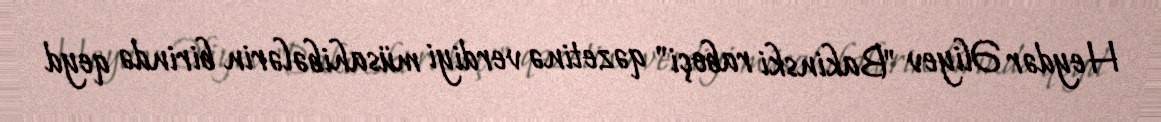
Heydər Əliyev "Bakinski raboçi" qəzetinə verdiyi müsahibələrin birində qeyd